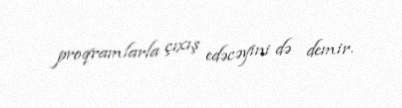
proqramlarla çıxış edəcəyini də demir.